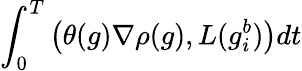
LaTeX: \int_{0}^{T}\left(\theta(g)\nabla\rho(g),L(g_{i}^{b})\right)dt